Torma_(Votikvere)_vallavalitsus, lk 148
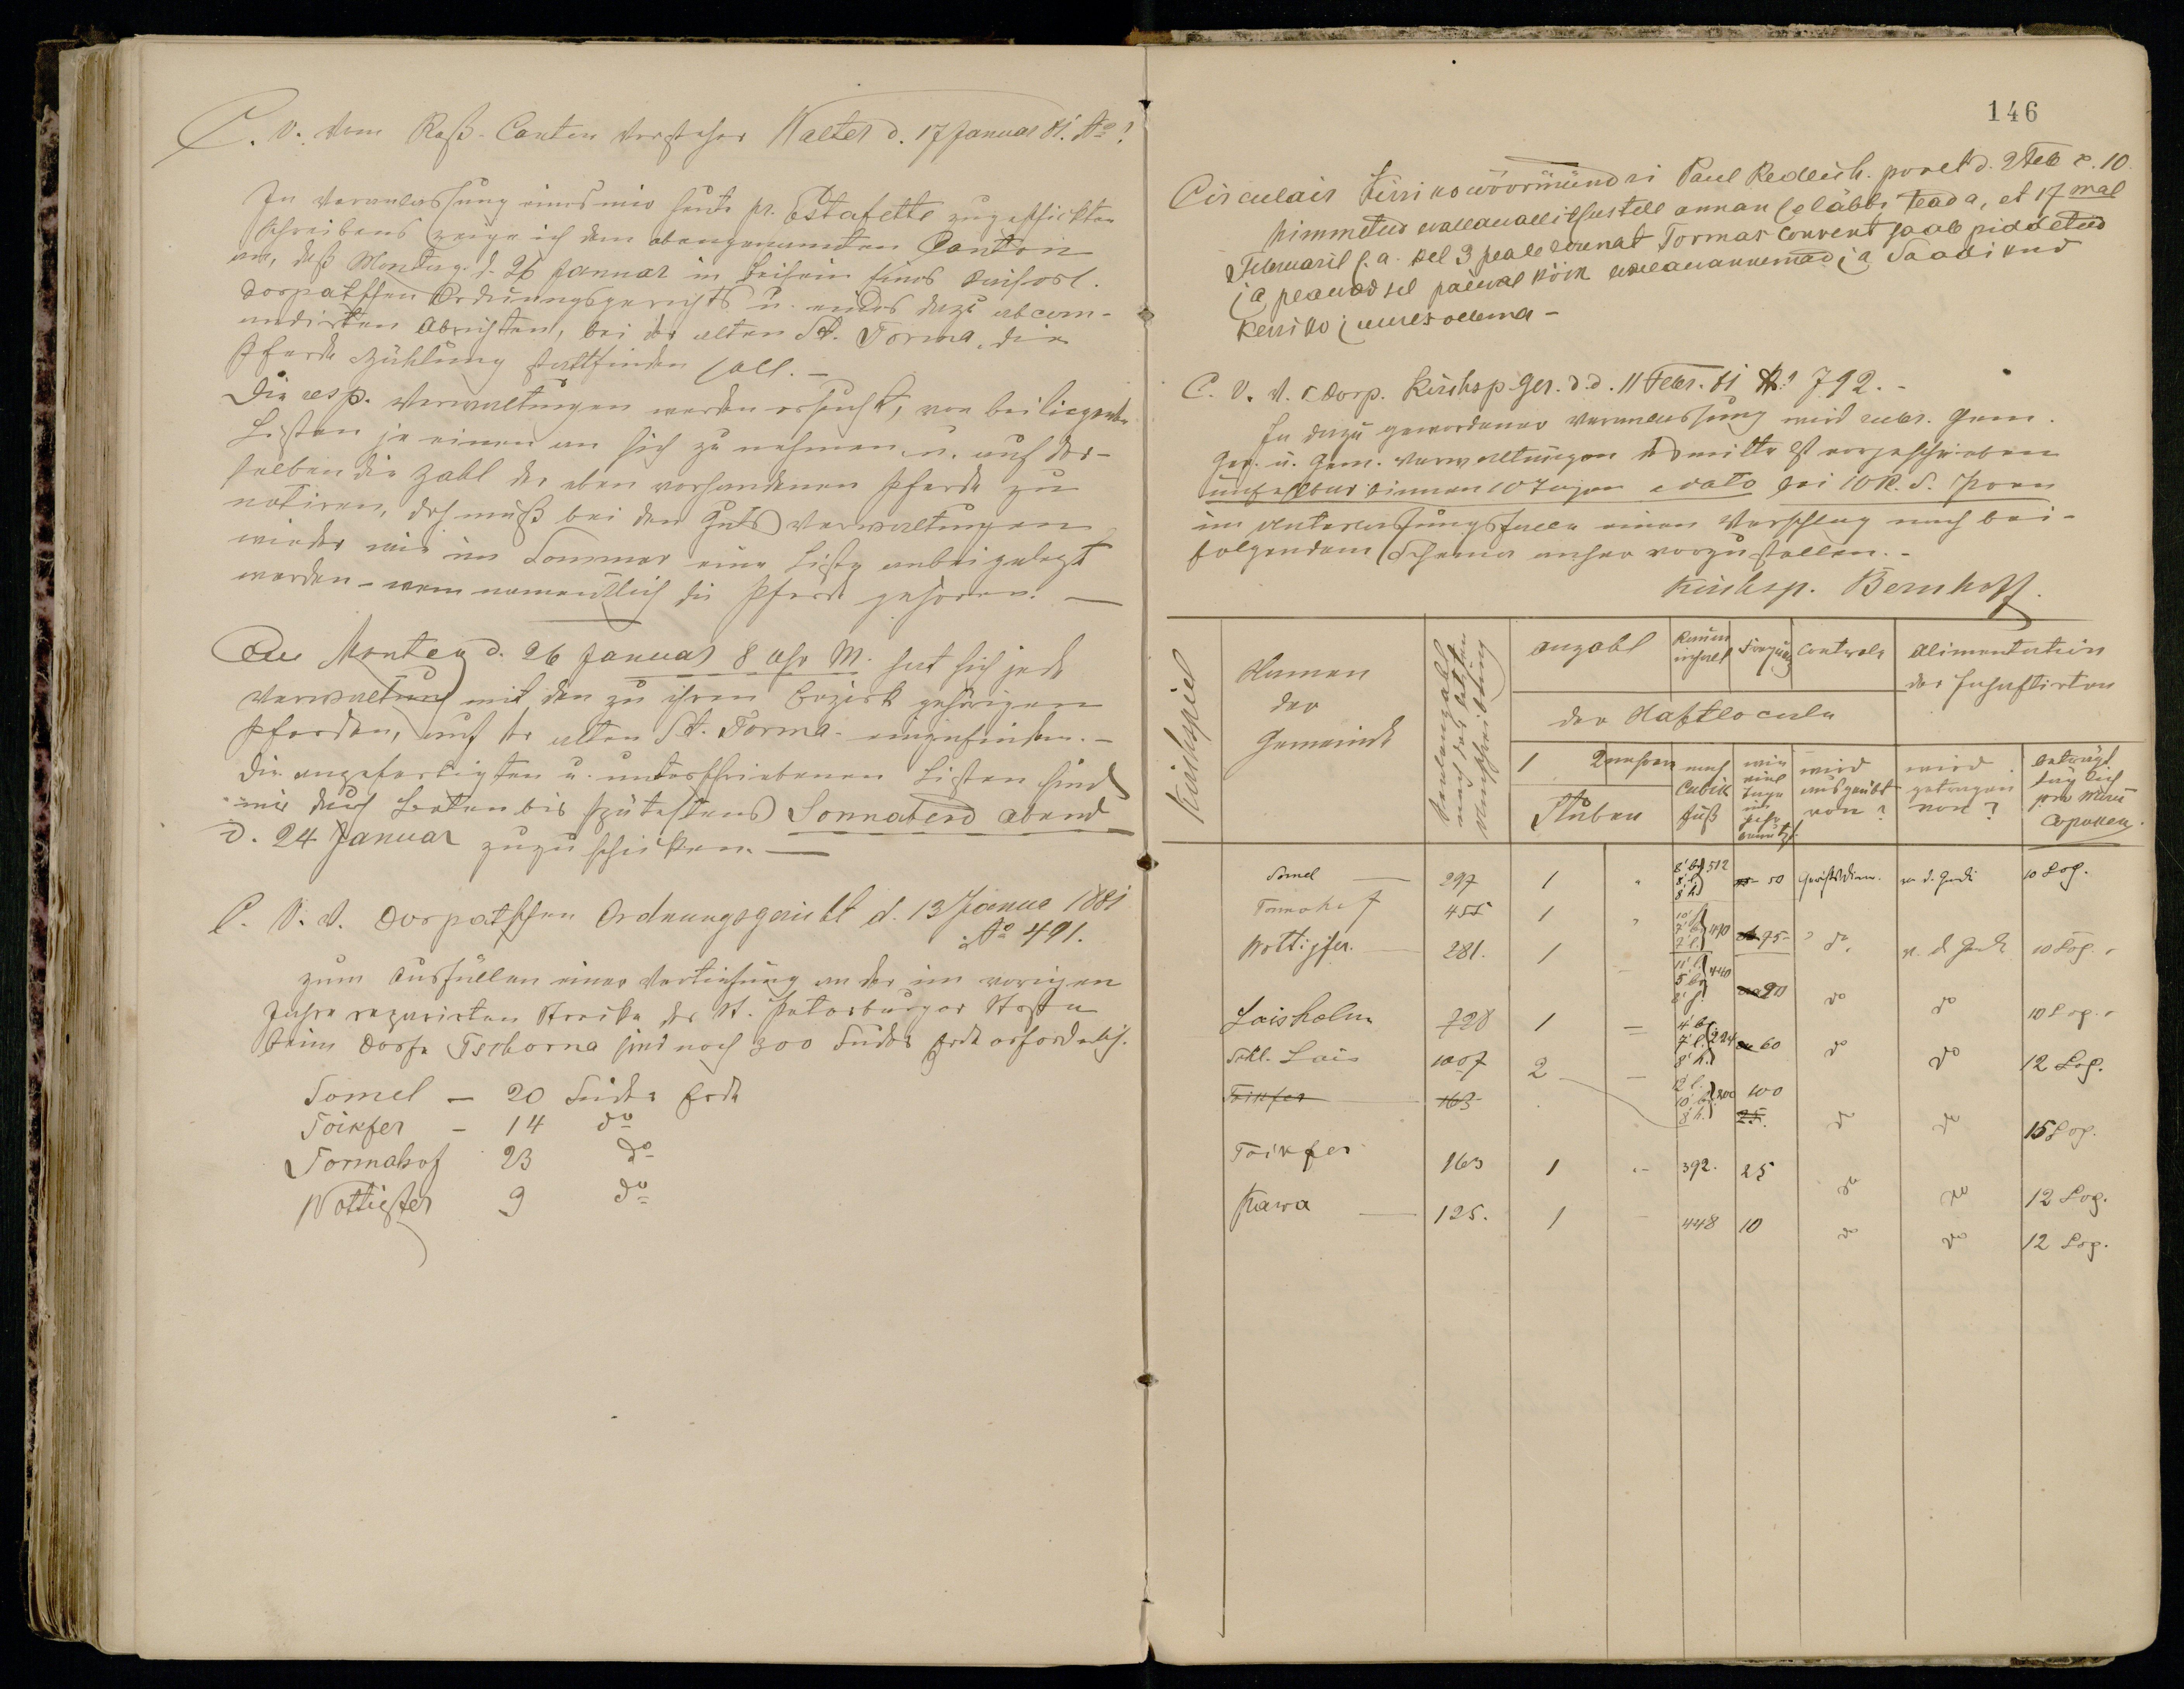
146
Circulair Kirriko wöörmündri Paul Redlich. poolt. 2 Feb c. 10
nimmetud wallawalitsustele annan se läbbi teada, et 17mal
Februaril s.a. kel 3 peale lõunat Tormas Convent saab piddetud
ja peawad sel päewal kõik wallawannemad ja Saadikud
Keriko juures ollema-